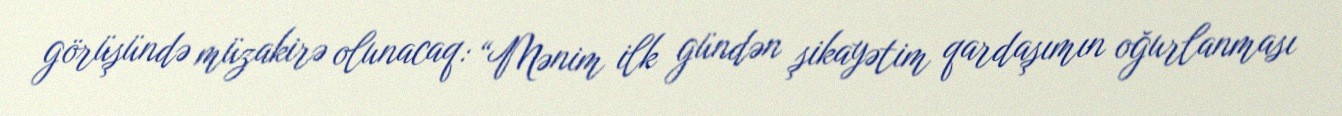
görüşündə müzakirə olunacaq: “Mənim ilk gündən şikayətim qardaşımın oğurlanması